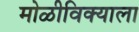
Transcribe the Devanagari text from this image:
मोळीविक्याला